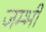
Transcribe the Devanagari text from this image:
जम्भी